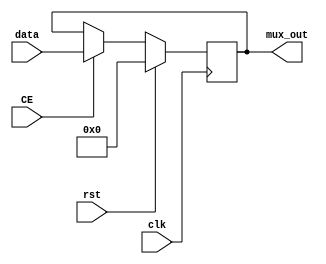
module reg_mux_pair #(
    parameter DATA_WIDTH = 18,
              REG = 1,
              RSTTYPE = "SYNC"
) (
    input [DATA_WIDTH - 1 : 0] data, 
    input rst, CE, clk,
    output [DATA_WIDTH - 1 : 0] mux_out
);

reg [DATA_WIDTH - 1 : 0] Reg;

generate if (RSTTYPE == "ASYNC") begin 

always @(posedge clk or posedge rst) begin
    if(rst) begin
        Reg <= 0;
    end 
    else if (CE) begin 
        Reg <= data;
    end
end

end else if (RSTTYPE == "SYNC") begin 

    always @(posedge clk) begin
    if(rst) begin
        Reg <= 0;
    end 
    else if (CE) begin 
        Reg <= data;
    end
end
end

endgenerate

assign mux_out = (REG)? Reg : data;
    
endmodule